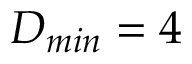
D _ { m i n } = 4